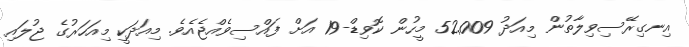
އިނގިރޭސިވިލާތުން މިއަދު 52